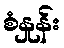
စံနှုန်း